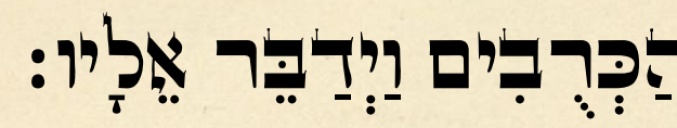
הַכְּרֻבִים וַיְדַבֵּר אֵלָיו׃